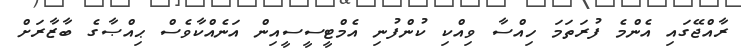
ރާއްޖޭގައި އެންމެ ފުރަތަމަ ހިއްސާ ވިއްކި ކުންފުނި އެމްޓީސީސީއިން އަނެއްކާވެސް ޙިއްޞާގެ ބާޒާރަށް